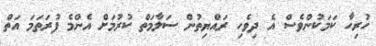
ހުރިހާ ކަމަކުންވެސް އެ ދިވެހި ރައްޔިތުން ސަލާމަތް ކުރުމަށް އެންމެ ފުރަތަމަ އަތް